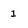
Character: 1